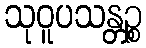
သုဝူပသန္တဉ္စ